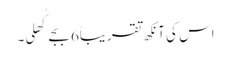
اس کی آنکھ تقریباً6 بجے کُھلی۔